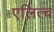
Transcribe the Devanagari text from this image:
एलित्च